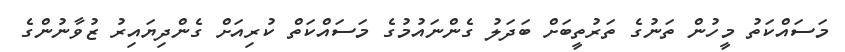
މަސައްކަތު މީހުން ތަނުގެ ތަރުތީބަށް ބަދަލު ގެންނައުމުގެ މަސައްކަތް ކުރިއަށް ގެންދިޔައިރު ޒުވާނުންގެ